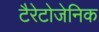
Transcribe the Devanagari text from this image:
टैरेटोजेनिक